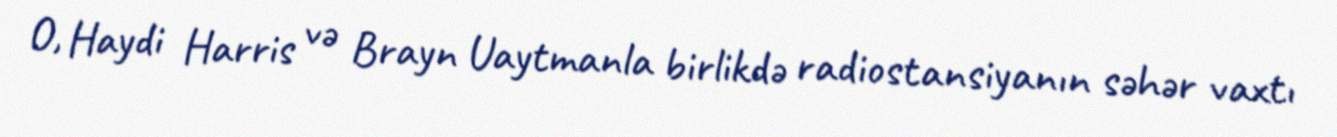
O, Haydi Harris və Brayn Uaytmanla birlikdə radiostansiyanın səhər vaxtı